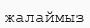
жалаймыз